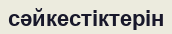
сәйкестіктерін